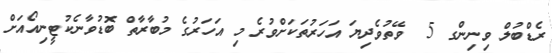
ރެޑްބުލް ވިނިންގ 5  ވޭތުވެދިޔަ އަހަރުތަކަށްވުރެ މި އަހަރުގެ މުބާރާތް ބޮޑުވާނެކުޓީނިއޯއަށް